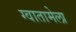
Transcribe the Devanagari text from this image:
ग्वातामेला